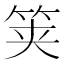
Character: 䇲